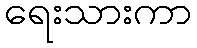
ရေးသားကာ